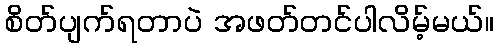
စိတ်ပျက်ရတာပဲ အဖတ်တင်ပါလိမ့်မယ်။